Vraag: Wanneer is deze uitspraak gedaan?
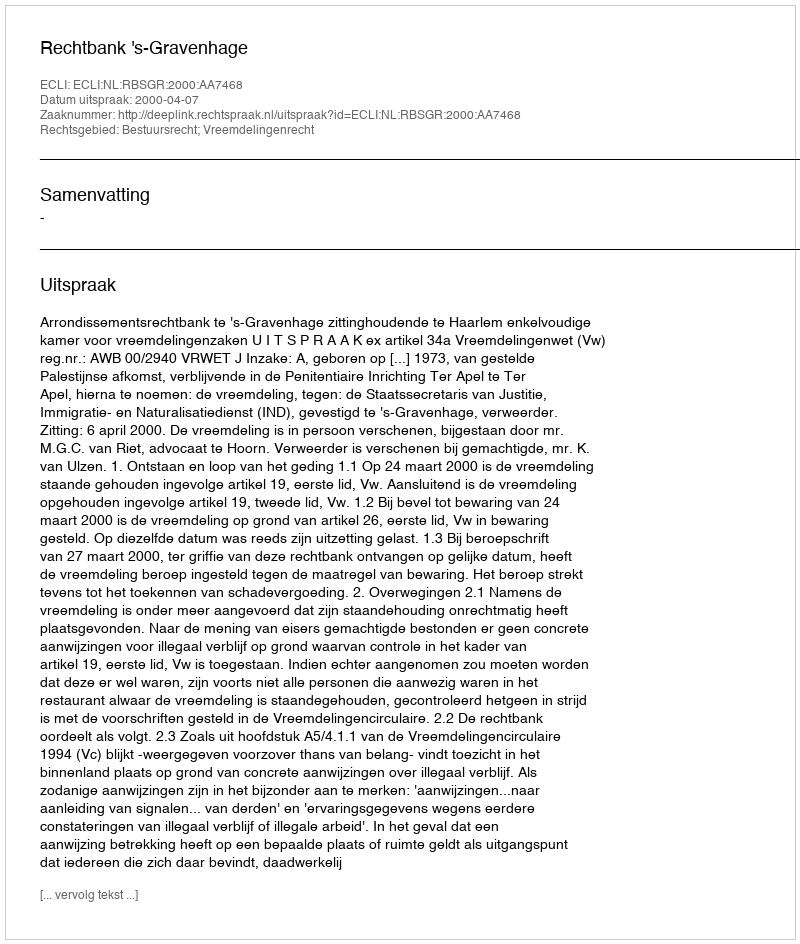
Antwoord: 2000-04-07